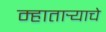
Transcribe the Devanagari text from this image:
म्हातार्‍याचे